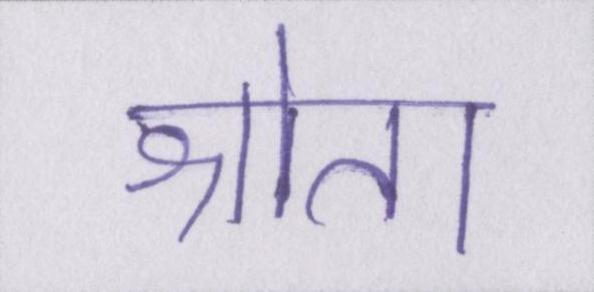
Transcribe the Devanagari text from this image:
श्रोता